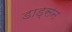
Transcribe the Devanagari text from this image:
डाड्सन